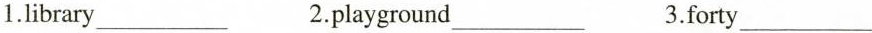
1.library___ 2.playground___ 3.forty___